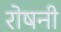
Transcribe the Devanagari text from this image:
रोषनी